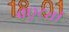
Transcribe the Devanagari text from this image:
वछुट्यां